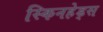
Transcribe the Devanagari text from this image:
स्किनहेड्स